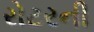
રોટરની